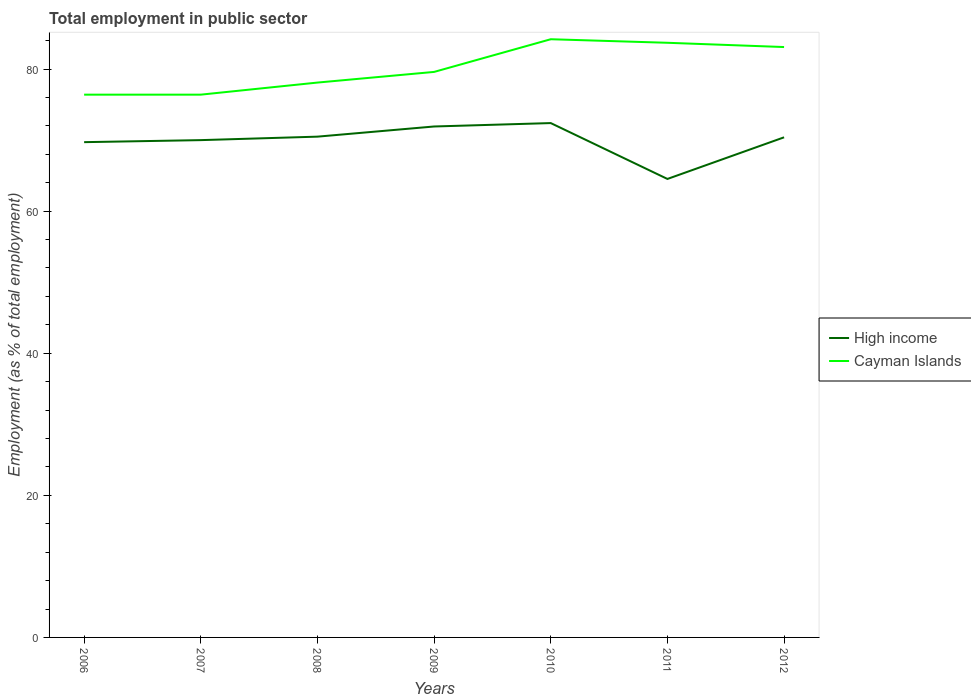
| Years | High income | Cayman Islands |
 | --- | --- | --- |
 | 2006 | 69.7 | 76.4 |
 | 2007 | 70 | 76.4 |
 | 2008 | 70.5 | 78.1 |
 | 2009 | 71.9 | 79.6 |
 | 2010 | 72.4 | 84.2 |
 | 2011 | 64.5 | 83.7 |
 | 2012 | 70.4 | 83.1 |